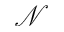
\mathcal { N }